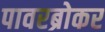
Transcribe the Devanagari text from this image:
पावरब्रोकर